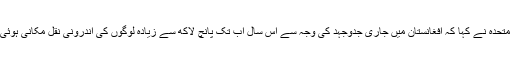
اقوام متحدہ نے کہا کہ افغانستان میں جاری جدوجہد کی وجہ سے اس سال اب تک پانچ لاکھ سے زیادہ لوگوں کی اندرونی نقل مکانی ہوئی ہے۔